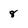
Character: 8